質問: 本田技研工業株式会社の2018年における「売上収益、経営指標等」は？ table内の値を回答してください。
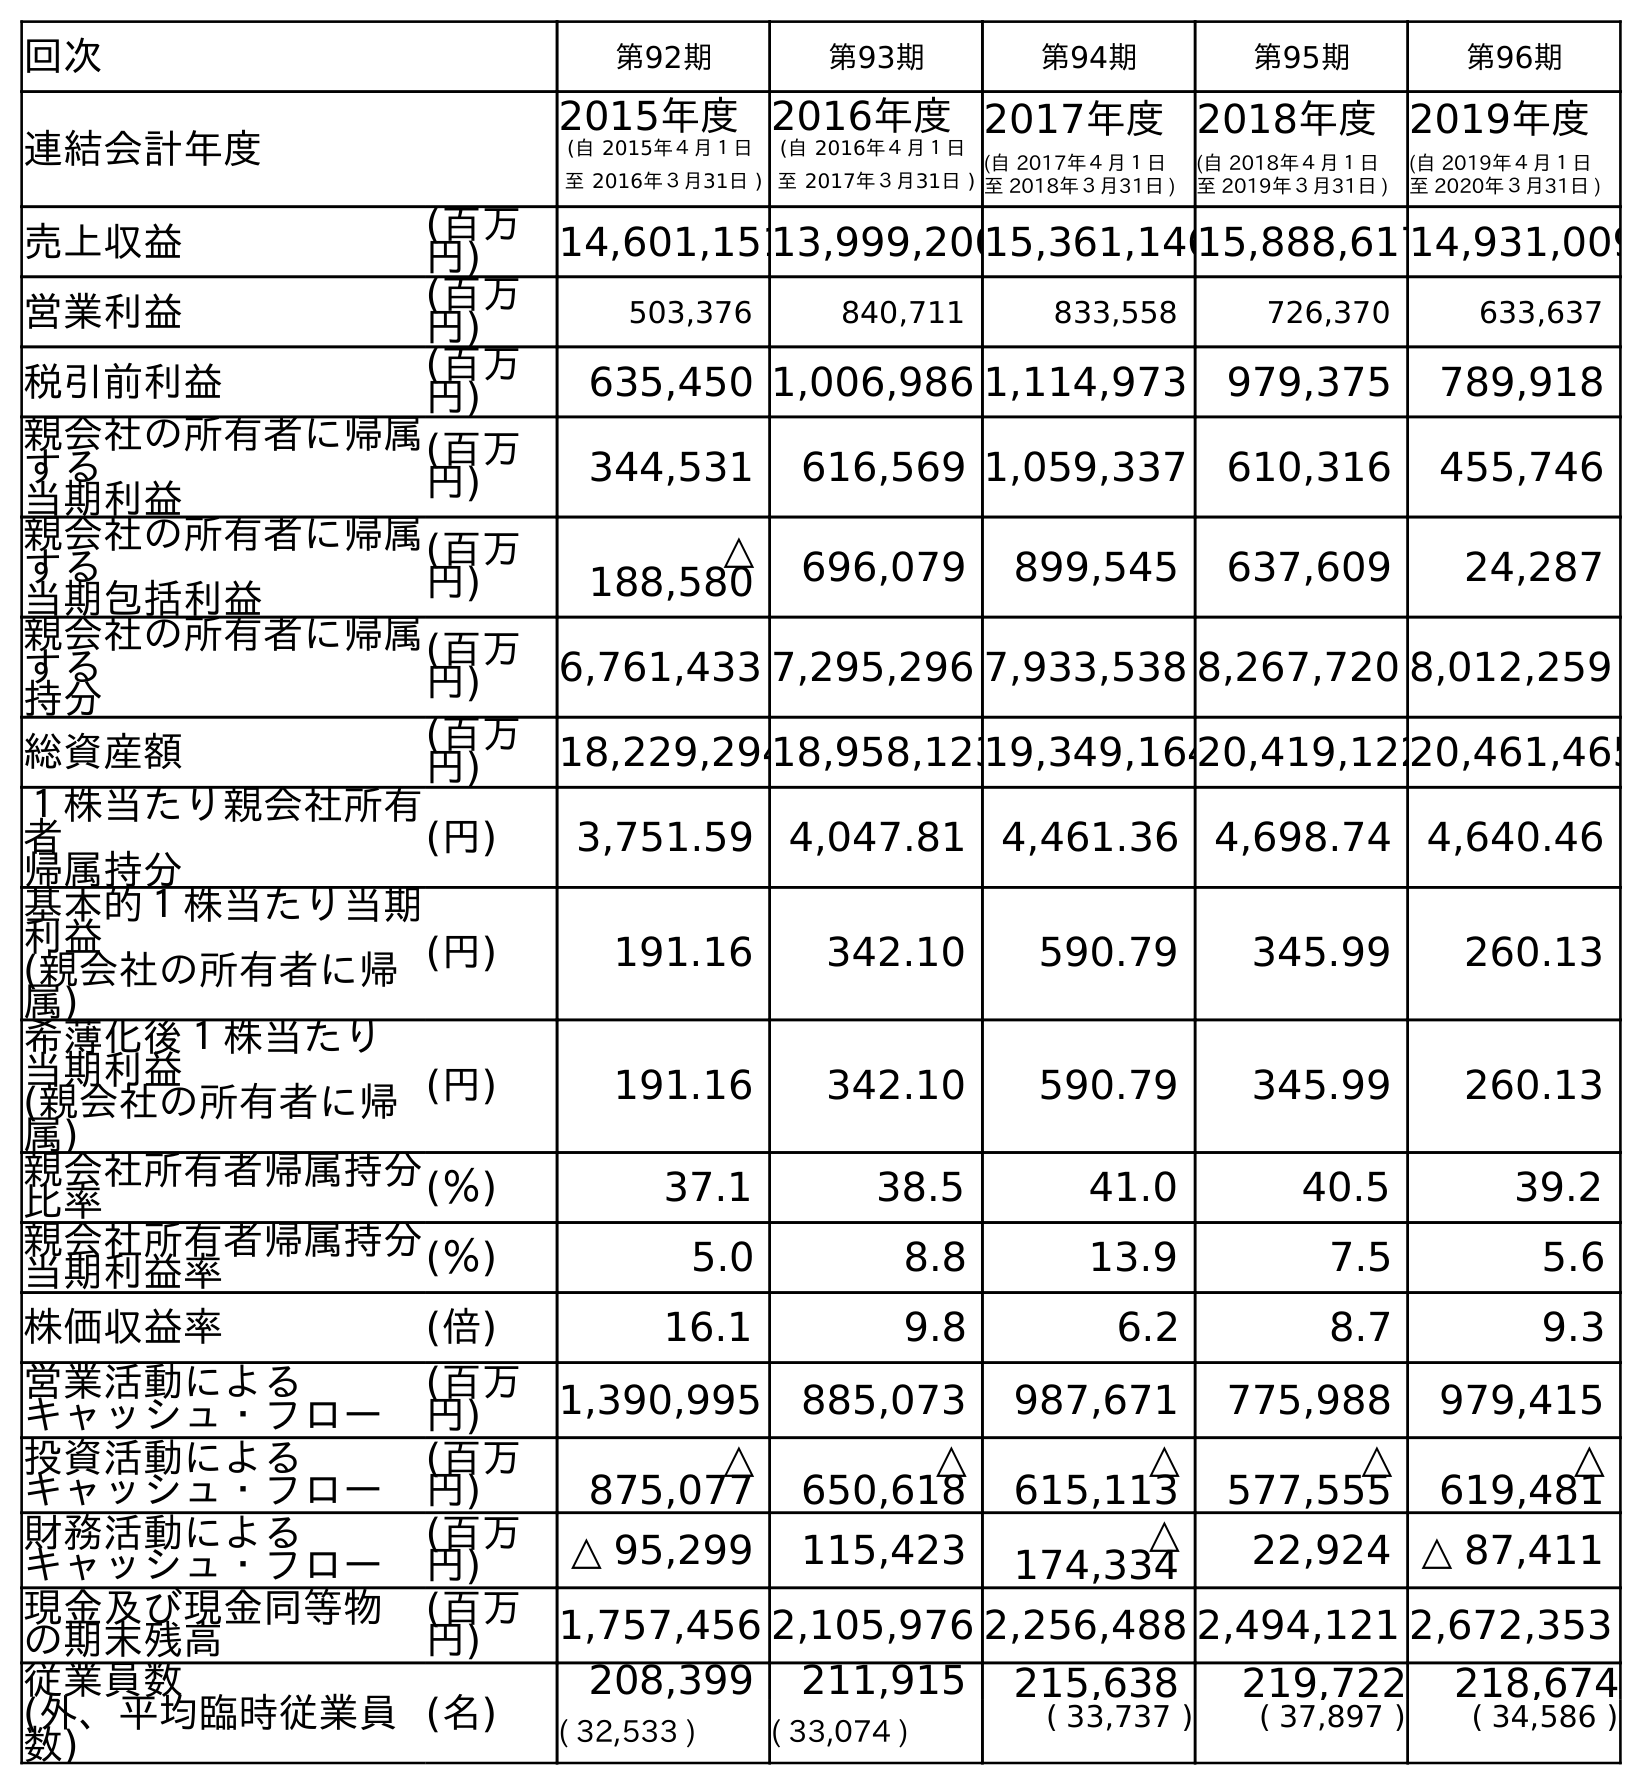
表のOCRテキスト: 回次 第92期 第93期 第94期 第95期 第96期 連結会計年度 2015年度 (自 2015年４月１日 至 2016年３月31日 ) 2016年度 (自 2016年４月１日 至 2017年３月31日 ) 2017年度 (自 2017年４月１日 至 2018年３月31日 ) 2018年度 (自 2018年４月１日 至 2019年３月31日 ) 2019年度 (自 2019年４月１日 至 2020年３月31日 ) 売上収益 (百万 円) 14,601,15113,999,20015,361,14615,888,61714,931,009 営業利益 (百万 円) 503,376 840,711 833,558 726,370 633,637 税引前利益 (百万 円) 635,450 1,006,986 1,114,973 979,375 789,918 親会社の所有者に帰属 する 当期利益 (百万 円) 344,531 616,569 1,059,337 610,316 455,746 親会社の所有者に帰属 する 当期包括利益 (百万 円) △ 188,580 696,079 899,545 637,609 24,287 親会社の所有者に帰属 する 持分 (百万 円) 6,761,433 7,295,296 7,933,538 8,267,720 8,012,259 総資産額 (百万 円) 18,229,29418,958,12319,349,16420,419,12220,461,465 １株当たり親会社所有 者 帰属持分 (円) 3,751.59 4,047.81 4,461.36 4,698.74 4,640.46 基本的１株当たり当期 利益 (親会社の所有者に帰 属) (円) 191.16 342.10 590.79 345.99 260.13 希薄化後１株当たり 当期利益 (親会社の所有者に帰 属) (円) 191.16 342.10 590.79 345.99 260.13 親会社所有者帰属持分 比率 (％) 37.1 38.5 41.0 40.5 39.2 親会社所有者帰属持分 当期利益率 (％) 5.0 8.8 13.9 7.5 5.6 株価収益率 (倍) 16.1 9.8 6.2 8.7 9.3 営業活動による キャッシュ・フロー (百万 円) 1,390,995 885,073 987,671 775,988 979,415 投資活動による キャッシュ・フロー (百万 円) △ 875,077 △ 650,618 △ 615,113 △ 577,555 △ 619,481 財務活動による キャッシュ・フロー (百万 円) △ 95,299 115,423 △ 174,334 22,924 △ 87,411 現金及び現金同等物 の期末残高 (百万 円) 1,757,456 2,105,976 2,256,488 2,494,121 2,672,353 従業員数 (外、平均臨時従業員 数) (名) 208,399 211,915 215,638 219,722 218,674 ( 32,533 ) ( 33,074 ) ( 33,737 ) ( 37,897 ) ( 34,586 )
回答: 15,361,146